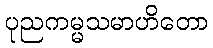
ပုညကမ္မသမာဟိတော